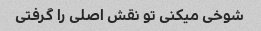
شوخی میکنی تو نقش اصلی را گرفتی